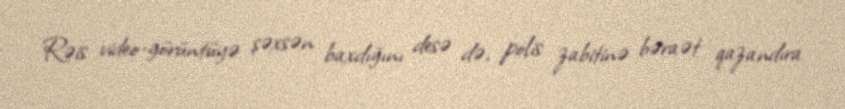
Rəis video-görüntüyə şəxsən baxdığını desə də, polis zabitinə bəraət qazandıra